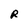
Character: R